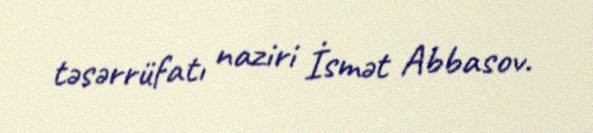
təsərrüfatı naziri İsmət Abbasov.